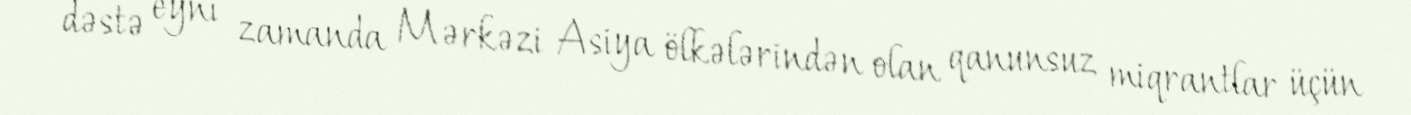
dəstə eyni zamanda Mərkəzi Asiya ölkələrindən olan qanunsuz miqrantlar üçün